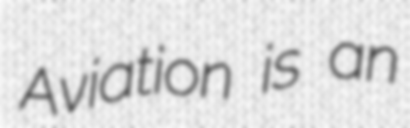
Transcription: Aviation is an